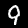
Digit: 9